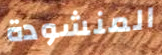
المنشودة